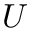
U